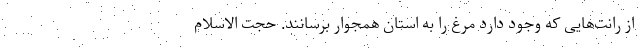
از رانت‌هایی که وجود دارد مرغ را به استان همجوار برسانند. حجت الاسلام